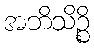
အဘိသိဉ္စိ